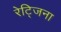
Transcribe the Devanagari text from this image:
रेट्जिना